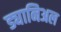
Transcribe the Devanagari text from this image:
ड्यानिअल